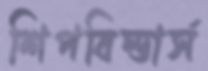
শিপবিল্ডার্স